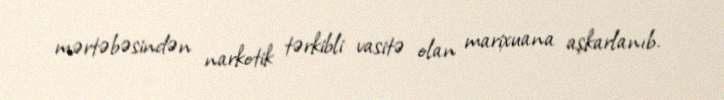
mərtəbəsindən narkotik tərkibli vasitə olan marixuana aşkarlanıb.